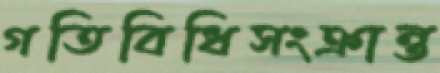
গতিবিধিসংক্রান্ত